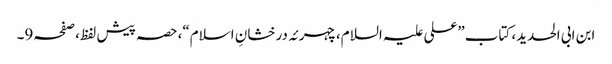
ابن ابی الحدید، کتاب”علی علیہ السلام،چہرئہ درخشانِ اسلام“،حصہ پیش لفظ،صفحہ9۔